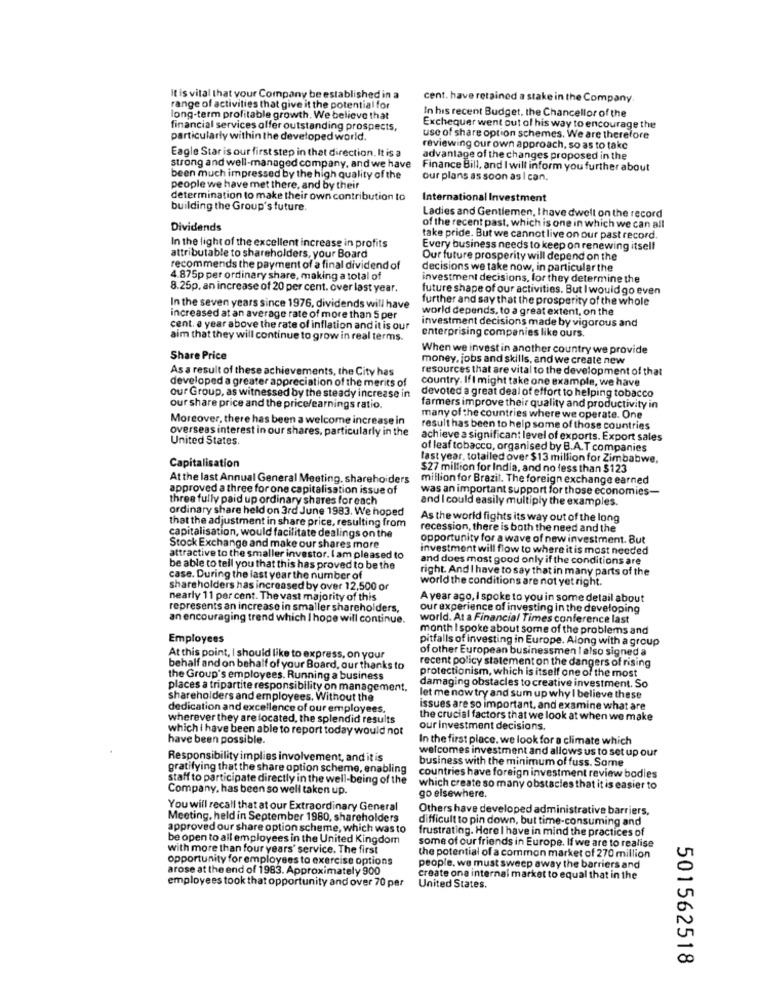
It is vital that your Company be established in a
cent. have retained a stake in the Company
range of activities that give it the potential for
long-term profitable growth. We believe that
In his recent Budget, the Chancellor of the
financial services offer outstanding prospects,
Exchequer went out of his way to encourage the
particularly within the developed world.
use of share option schemes. We are therefore
Eagle Star is our first step in that direction. It is a
reviewing our own approach, so as to take
advantage of the changes proposed in the
strong and well-managed company, and we have
Finance Bill, and I will inform you further about
been much impressed by the high quality of the
our plans as soon as I can,
people we have met there, and by their
determination to make their own contribution to
International Investment
building the Group's future.
Ladies and Gentlemen, Ihave dwelt on the record
Dividends
of the recent past, which is one in which we can all
take pride. But we cannot live on our past record.
In the light of the excellent increase in profits
Every business needs to keep on renewing itsell
attributable to shareholders, your Board
Our future prosperity will depend on the
recommends the payment of a final dividend of
decisions we take now, in particular the
4.875p per ordinary share, making a total of
investment decisions, for they determine the
8.25p, an increase of 20 per cent. over last year.
future shape of our activities. But I would go even
further and say that the prosperity of the whole
In the seven years since 1976, dividends will have
world depends, to a great extent, on the
increased at an average rate of more than 5 per
cent. e year above the rate of inflation and it is our
investment decisions made by vigorous and
aim that they will continue to grow in real terms.
enterprising companies like ours.
When we invest in another country we provide
Share Price
money, jobs and skills, and we create new
As a result of these achievements, the City has
resources that are vital to the development of that
developed a greater appreciation of the merits of
country. If I might take one example, we have
our Group, as witnessed by the steady increase in
devoted a great deal of effort to helping tobacco
our share price and the price/earnings ratio.
farmers improve their quality and productivity in
Moreover, there has been a welcome increase in
many of the countries where we operate. One
overseas interest in our shares, particularly in the
result has been to help some of those countries
United States.
achieve a significant level of exports. Export sales
of leaf tobacco, organised by B.A.T companies
last year, totalled over $13 million for Zimbabwe,
Capitalisation
$27 million for India, and no less than $123
At the last Annual General Meeting, shareholders
million for Brazil. The foreign exchange earned
approved a three for one capitalisation issue of
was an important support for those economies-
three fully paid up ordinary shares for each
and I could easily multiply the examples.
ordinary share held on 3rd June 1983. We hoped
that the adjustment in share price, resulting from
As the world fights its way out of the long
recession, there is both the need and the
capitalisation, would facilitate dealings on the
opportunity for a wave of new investment. But
Stock Exchange and make our shares more
investment will flow to where it is most needed
attractive to the smaller investor. I am pleased to
and does most good only if the conditions are
be able to tell you that this has proved to be the
right. And I have to say that in many parts of the
case. During the last year the number of
world the conditions are not yet right.
shareholders has increased by over 12,500 or
nearly 11 per cent. The vast majority of this
A year ago, I spoke to you in some detail about
represents an increase in smaller shareholders,
our experience of investing in the developing
an encouraging trend which I hope will continue.
world. At a Financial Times conference last
month I spoke about some of the problems and
Employees
pitfalls of investing in Europe. Along with a group
of other European businessmen I also signed a
At this point, I should like to express, on your
recent policy statement on the dangers of rising
behalf and on behalf of your Board, our thanks to
the Group's employees. Running a business
protectionism, which is itself one of the most
places a tripartite responsibility on management.
damaging obstacles to creative investment. So
shareholders and employees. Without the
let me now try and sum up why I believe these
dedication and excellence of our employees.
issues are so important, and examine what are
wherever they are located, the splendid results
the crucial factors that we look at when we make
which I have been able to report today would not
our investment decisions.
have been possible.
In the first place. we look for a climate which
welcomes investment and allows us to set up our
Responsibility implies involvement, and it is
business with the minimum of fuss. Some
gratifying that the share option scheme, enabling
countries have foreign investment review bodies
staff to participate directly in the well-being of the
Company, has been so well taken up.
which create so many obstacles that it is easier to
go elsewhere.
You will recall that at our Extraordinary General
Others have developed administrative barriers,
Meeting, held in September 1980, shareholders
difficult to pin down, but time-consuming and
approved our share option scheme, which was to
frustrating. Hore I have in mind the practices of
be open to all employees in the United Kingdom
some of our friends in Europe. If we are to realise
with more than four years' service. The first
opportunity for employees to exercise options
the potential of a common market of 270 million
arose at the end of 1983. Approximately 900
people, we must sweep away the barriers and
employees took that opportunity and over 70 per
create one internal market to equal that in the
United States.
501562518